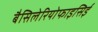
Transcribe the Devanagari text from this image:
बैसिलेरियोफाइसिई